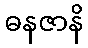
ဓနဇာနိ